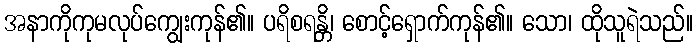
အနာကိုကုမလုပ်ကျွေးကုန်၏။ ပရိစရန္တိ၊ စောင့်ရှောက်ကုန်၏။ သော၊ ထိုသူရဲသည်။